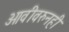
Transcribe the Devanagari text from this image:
ओवीवरुनही